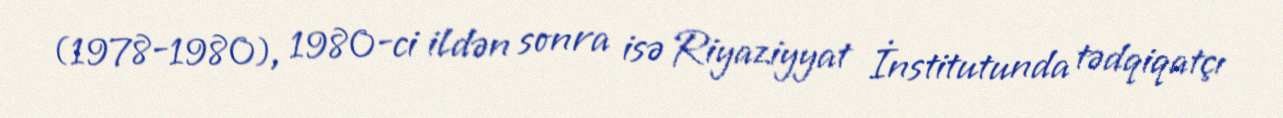
(1978-1980), 1980-ci ildən sonra isə Riyaziyyat İnstitutunda tədqiqatçı